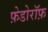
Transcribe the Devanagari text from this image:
फ़ेडोरॉफ़